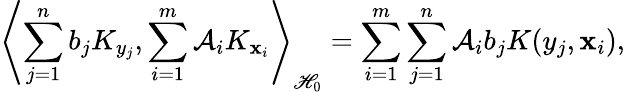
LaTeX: \left\langle\sum_{j=1}^{n}b_{j}K_{y_{j}},\sum_{i=1}^{m}\mathcal{A}_{i}K_{\mathbf{x}_{i}}\right\rangle_{\mathscr{H}_{0}}=\sum_{i=1}^{m}\sum_{j=1}^{n}{\mathcal{A}_{i}}b_{j}K(y_{j},\mathbf{x}_{i}),